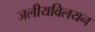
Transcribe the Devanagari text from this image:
जलीयविलयन